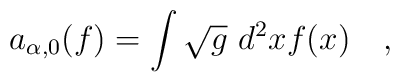
a_{\alpha,0}(f)=\int \sqrt{g}~d^2xf(x)~~~,